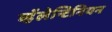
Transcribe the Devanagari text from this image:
व्हॅलेन्टिनियन